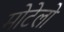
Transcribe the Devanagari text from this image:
मोटेलो